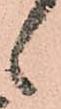
候